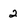
Character: 2